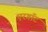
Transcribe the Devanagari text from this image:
एरगॉट